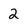
Character: 2